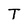
Character: T